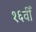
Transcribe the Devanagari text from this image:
१६वीँ